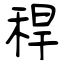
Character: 稈